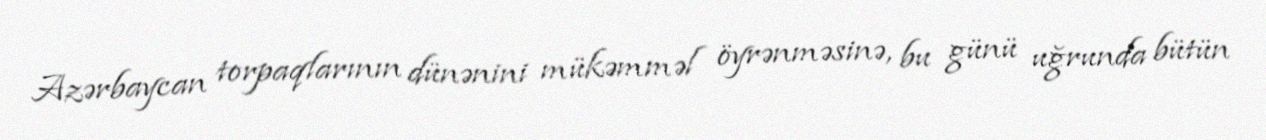
Azərbaycan torpaqlarının dünənini mükəmməl öyrənməsinə, bu günü uğrunda bütün